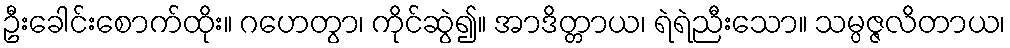
ဦးခေါင်းစောက်ထိုး။ ဂဟေတွာ၊ ကိုင်ဆွဲ၍။ အာဒိတ္တာယ၊ ရဲရဲညီးသော။ သမ္ပဇ္ဇလိတာယ၊